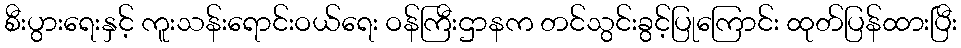
စီးပွားရေးနှင့် ကူးသန်းရောင်းဝယ်ရေး ဝန်ကြီးဌာနက တင်သွင်းခွင့်ပြုကြောင်း ထုတ်ပြန်ထားပြီး